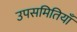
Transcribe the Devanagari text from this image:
उपसमितियाँ